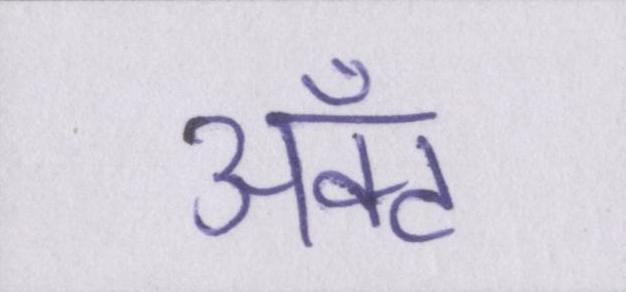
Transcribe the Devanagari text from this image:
ॲक्ट